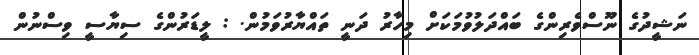
ނަޝީދުގެ ނޫސްވެރިންގެ ބައްދަލުވުމަކަށް މިހާރު ދަނީ ތައްޔާރުވަމުން. : ލީޑަރުންގެ ސިޔާސީ ވިސްނުން